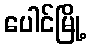
ပေါင်မြို့